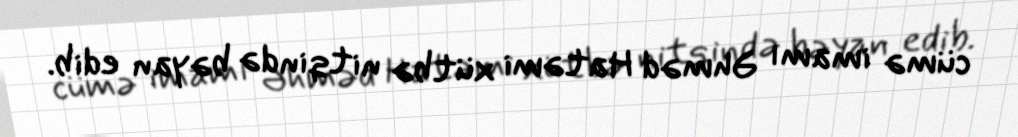
cümə imamı Əhməd Hatəmi xütbə nitqində bəyan edib.